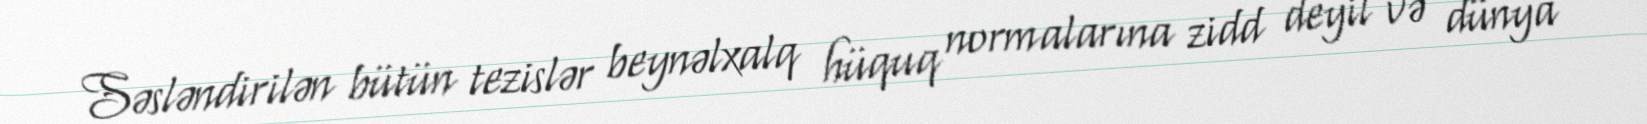
Səsləndirilən bütün tezislər beynəlxalq hüquq normalarına zidd deyil və dünya